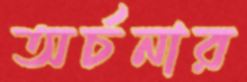
অর্চনার